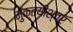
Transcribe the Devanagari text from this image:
मुक्तयीश्वर